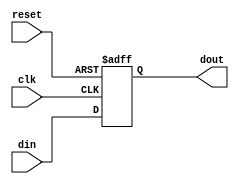
module sync_reset_ff (
    input clk,
    input reset,
    input din,
    output reg dout
);

always @ (posedge clk or negedge reset)
begin
    if (reset == 0)
        dout <= 0;
    else
        dout <= din;
end

endmodule